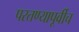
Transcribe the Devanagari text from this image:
परतण्यापूर्वीच